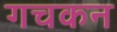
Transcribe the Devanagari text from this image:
गचकन